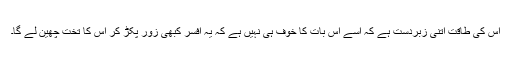
اس کی طاقت اتنی زبردست ہے کہ اسے اس بات کا خوف ہی نہیں ہے کہ یہ افسر کبھی زور پکڑ کر اس کا تخت چھین لے گا۔